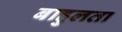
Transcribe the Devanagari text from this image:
बाहुलता